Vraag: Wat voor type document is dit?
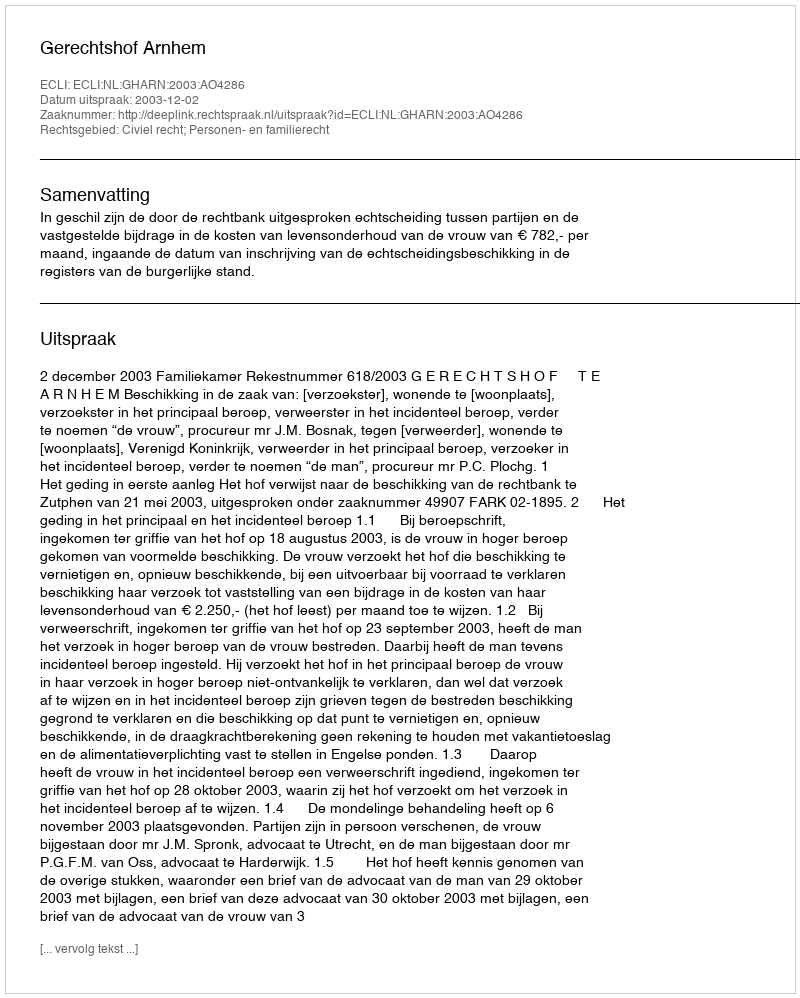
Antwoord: Uitspraak